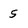
Character: 5